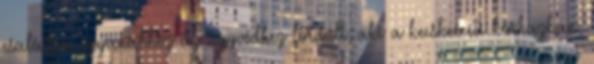
családja ugyanahhoz az ügyvédhez fordult, aki a kecskeméti kórházban,